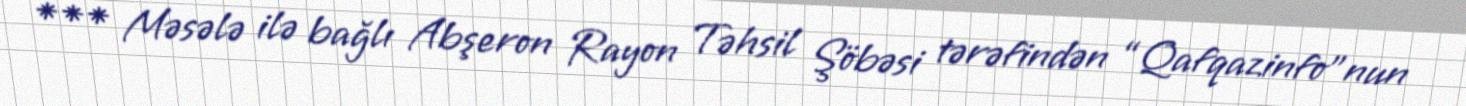
*** Məsələ ilə bağlı Abşeron Rayon Təhsil Şöbəsi tərəfindən “Qafqazinfo”nun